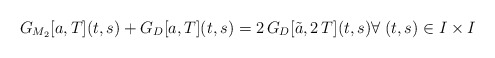
\begin{align*}G_{M_2}[a,T](t,s)+G_{D}[a,T](t,s)=2\, G_D[\tilde{a},2\,T](t,s)\forall \; (t,s)\in I\times I\end{align*}